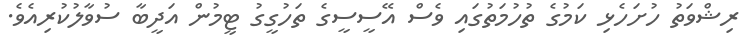
ރިޝްވަތު ހުށަހެޅި ކަމުގެ ތުހުމަތުގައި ވެސް އޭސީސީގެ ތަހުގީގު ޓީމުން އަދީބާ ސުވާލުކުރިއެވެ.